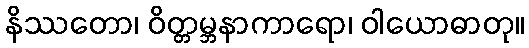
နိဿတော၊ ဝိတ္တမ္ဘနာကာရော၊ ဝါယောဓာတု။